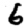
Digit: 6